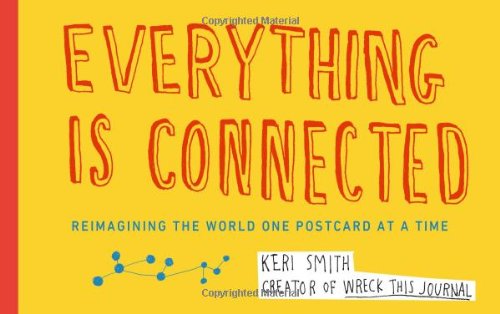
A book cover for Everything Is Connected: Reimagining the World One Postcard at a Time; Keri Smith; Crafts, Hobbies & Home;